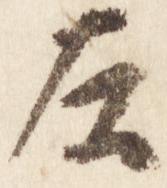
左